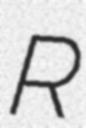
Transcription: R